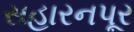
સહારનપૂર